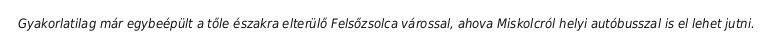
Gyakorlatilag már egybeépült a tőle északra elterülő Felsőzsolca várossal, ahova Miskolcról helyi autóbusszal is el lehet jutni.